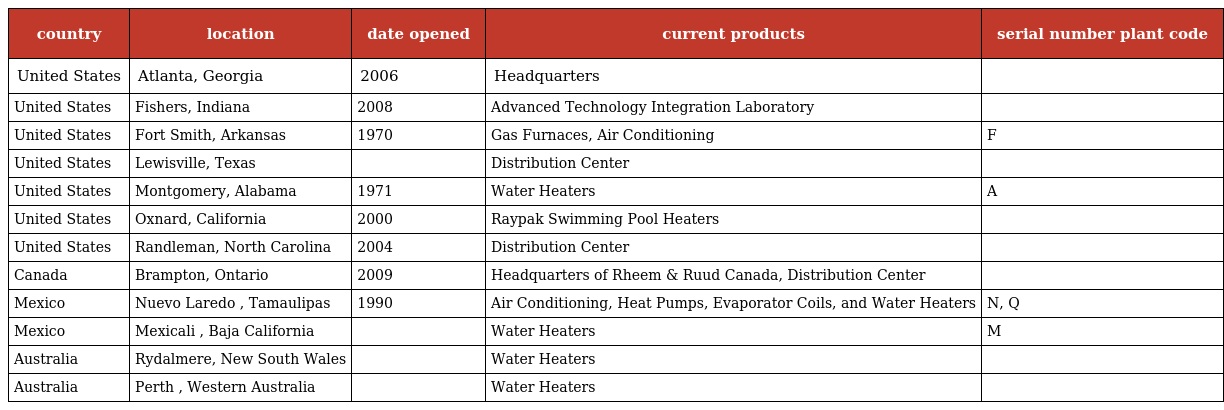
| country | location | date opened | current products | serial number plant code |
 | --- | --- | --- | --- | --- |
 | United States | Atlanta, Georgia | 2006 | Headquarters |  |
 | United States | Fishers, Indiana | 2008 | Advanced Technology Integration Laboratory |  |
 | United States | Fort Smith, Arkansas | 1970 | Gas Furnaces, Air Conditioning | F |
 | United States | Lewisville, Texas |  | Distribution Center |  |
 | United States | Montgomery, Alabama | 1971 | Water Heaters | A |
 | United States | Oxnard, California | 2000 | Raypak Swimming Pool Heaters |  |
 | United States | Randleman, North Carolina | 2004 | Distribution Center |  |
 | Canada | Brampton, Ontario | 2009 | Headquarters of Rheem & Ruud Canada, Distribution Center |  |
 | Mexico | Nuevo Laredo , Tamaulipas | 1990 | Air Conditioning, Heat Pumps, Evaporator Coils, and Water Heaters | N, Q |
 | Mexico | Mexicali , Baja California |  | Water Heaters | M |
 | Australia | Rydalmere, New South Wales |  | Water Heaters |  |
 | Australia | Perth , Western Australia |  | Water Heaters |  |